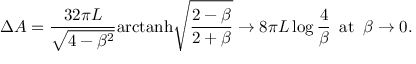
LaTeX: \Delta A = \frac { 3 2 \pi L } { \sqrt { 4 - \beta ^ { 2 } } } \mathrm { a r c t a n h } \sqrt { \frac { 2 - \beta } { 2 + \beta } } \to 8 \pi L \log \frac { 4 } { \beta } \, \, \, \mathrm { a t } \, \, \, \beta \to 0 .